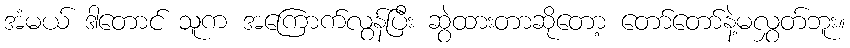
အံမယ် ဒါတောင် သူက အကြောက်လွန်ပြီး ဆွဲထားတာဆိုတော့ တော်တော်နဲ့မလွှတ်ဘူး။